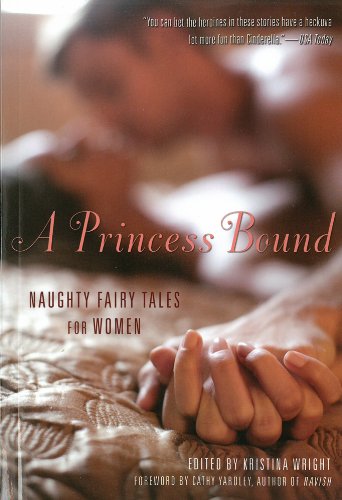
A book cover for A Princess Bound: Naughty Fairy Tales for Women; Romance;